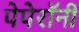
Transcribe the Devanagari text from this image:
पेपेरॉनी